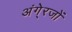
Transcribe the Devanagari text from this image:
अंगे्रजों